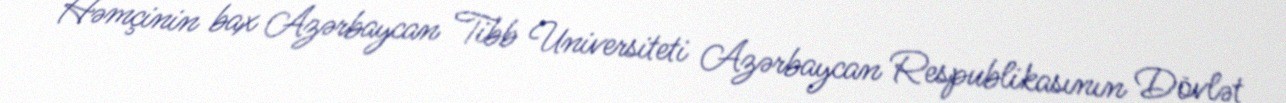
Həmçinin bax Azərbaycan Tibb Universiteti Azərbaycan Respublikasının Dövlət